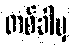
တစ်ခါမှ